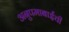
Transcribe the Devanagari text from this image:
अनुपमाबाईंची